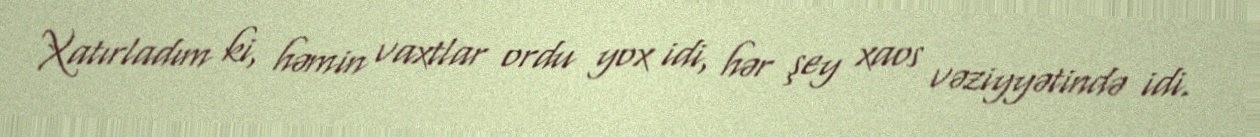
Xatırladım ki, həmin vaxtlar ordu yox idi, hər şey xaos vəziyyətində idi.